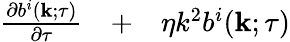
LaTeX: \begin{array}{rlr}{\frac{\partial b^{i}({\mathbf{k}};\tau)}{\partial\tau}}&{{}+}&{\eta k^{2}b^{i}({\mathbf{k}};\tau)}\end{array}